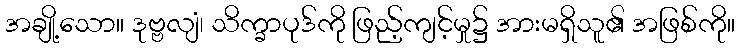
အချို့သော။ ဒုဗ္ဗလျံ၊ သိက္ခာပုဒ်ကို ဖြည့်ကျင့်မှု၌ အားမရှိသူ၏ အဖြစ်ကို။